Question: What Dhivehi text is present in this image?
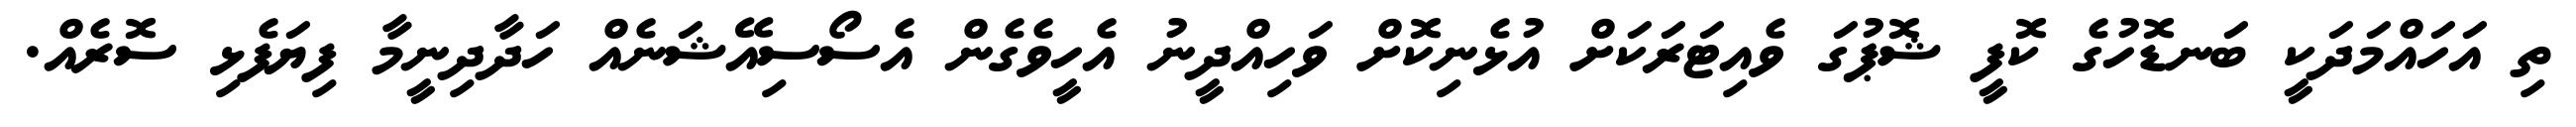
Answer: ތި އަހައްމަދަކީ ބަނޑޮހުގެ ކޮފީ ޝޮޕުގަ ވެއިޓަރަކަށް އުޅެނިކޮށް ވަހިއްދީނު އެހީވެގެން އެސޯސިއޭޝަނެއް ހަދާދިނީމާ ފިޔަފެޅި ސޮރެއް.